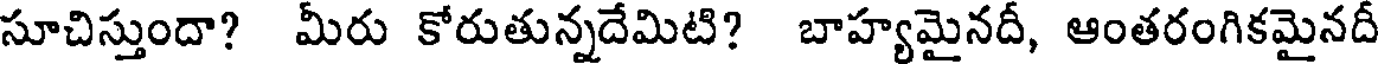
సూచిస్తుందా? మీరు కోరుతున్నదేమిటి? బాహ్యమైనదీ, ఆంతరంగికమైనదీ